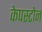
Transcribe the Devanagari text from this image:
केपस्टोन